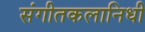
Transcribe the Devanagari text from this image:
संगीतकलानिधी